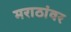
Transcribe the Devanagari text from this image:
मराठांवर